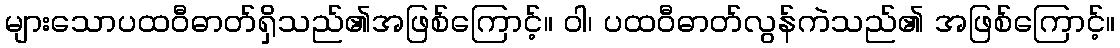
များသောပထဝီဓာတ်ရှိသည်၏အဖြစ်ကြောင့်။ ဝါ၊ ပထဝီဓာတ်လွန်ကဲသည်၏ အဖြစ်ကြောင့်။